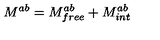
M ^ { a b } = M _ { f r e e } ^ { a b } + M _ { i n t } ^ { a b }